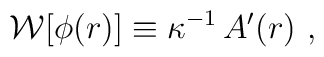
{\cal W}[\phi(r)]\equiv\kappa^{-1}\,A^\prime(r)\ ,